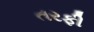
તરફી